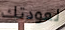
لعودتك